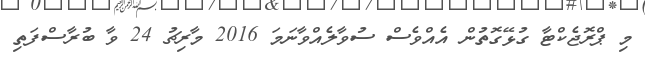
މި ޕްރޮޖެކްޓާ ގުޅޭގޮތުން އެއްވެސް ސުވާލެއްވާނަމަ 2016 މާރިޗު 24 ވާ ބުރާސްފަތި